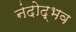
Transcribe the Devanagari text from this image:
नंदोद्भव